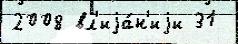
2008 вл'иjа́н'иjи 31